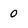
Character: 0